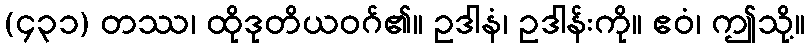
(၄၃၁) တဿ၊ ထိုဒုတိယဝဂ်၏။ ဥဒါနံ၊ ဥဒါန်းကို။ ဧဝံ၊ ဤသို့။